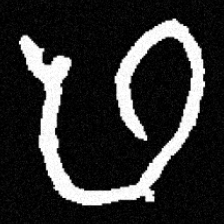
Pyu character \u2014 Myanmar letter: ဖ (romanized: pha)